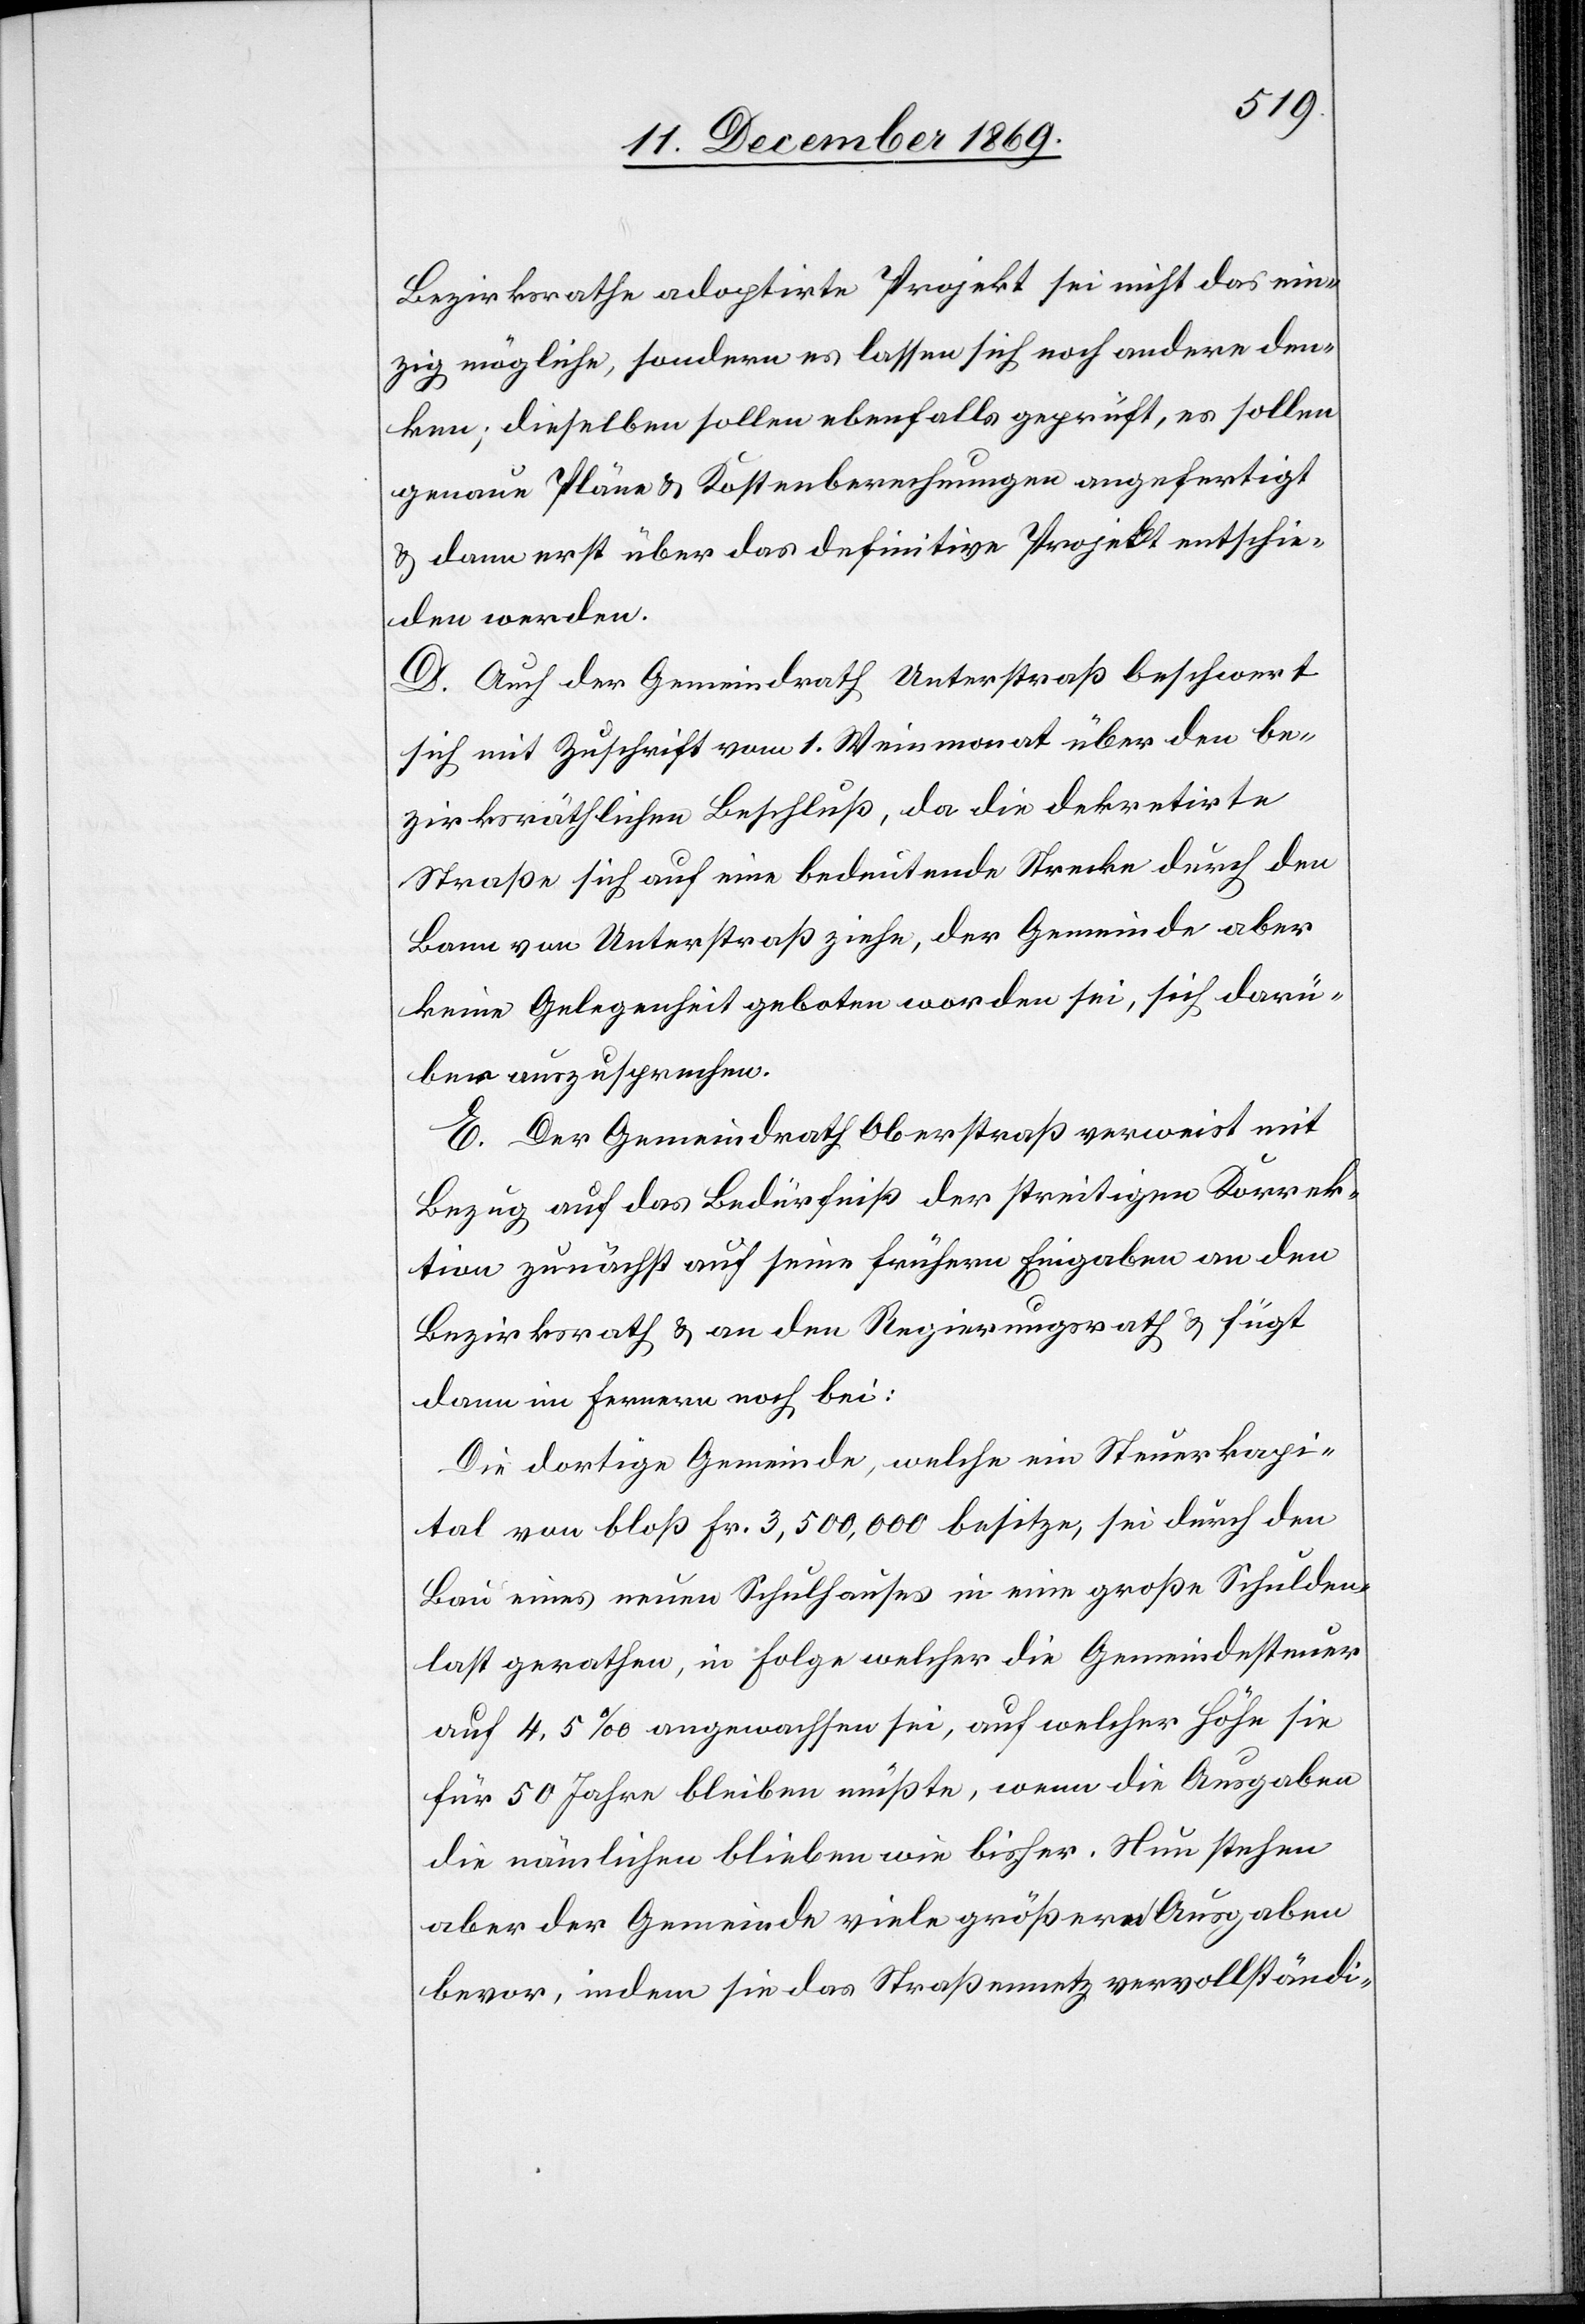
Bezirksrathe adoptirte Projekt sei nicht das ein¬
zig mögliche, sondern es lassen sich noch andere den¬
ken; dieselben sollen ebenfalls geprüft, es sollen
genaue Pläne & Kostenberechnungen angefertigt
& dann erst über das definitive Projekt entschie¬
den werden.
D. Auch der Gemeindrath Unterstraß beschwert
sich mit Zuschrift vom 1. Weinmonat über den be¬
zirksräthlichen Beschluß, da die dekretirte
Straße sich auf eine bedeutende Strecke durch den
Bann von Unterstraß ziehe, der Gemeinde aber
keine Gelegenheit geboten worden sei, sich darü¬
ber auszusprechen.
E. Der Gemeindrath Oberstraß verweist mit
Bezug auf das Bedürfniß der streitigen Korrek¬
tion zunächst auf seine frühern Eingaben an den
Bezirksrath & an den Regierungsrath & fügt
dann im Fernern noch bei:
Die dortige Gemeinde, welche ein Steuerkapi¬
tal von bloß Fr. 3,500,000 besitze, sei durch den
Bau eines neuen Schulhauses in eine große Schulden¬
last gerathen, in Folge welcher die Gemeindesteuer
auf 4,5‰ angewachsen sei, auf welcher Höhe sie
für 50 Jahre bleiben müßte, wenn die Ausgaben
die nämlichen blieben wie bisher. Nun stehen
aber der Gemeinde viele größere Ausgaben
bevor, indem sie das Straßennetz vervollständi-